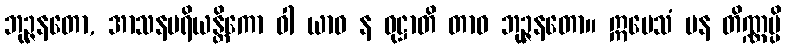
ဘုဉ္ဇနတော, အာသနပရိယန္တိကော ဝါ ယာဝ န ဝုဋ္ဌာတိ တာဝ ဘုဉ္ဇနတော။ ဣမေသံ ပန တိဏ္ဏမ္ပိ